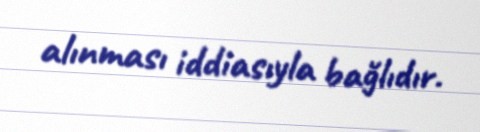
alınması iddiasıyla bağlıdır.